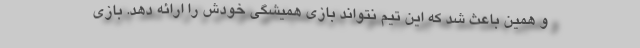
و همین باعث شد که این تیم نتواند بازی همیشگی خودش را ارائه دهد. بازی